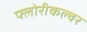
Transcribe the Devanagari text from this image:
फ्लोरीकल्चर